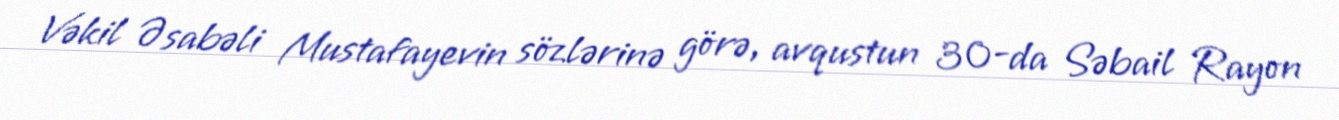
Vəkil Əsabəli Mustafayevin sözlərinə görə, avqustun 30-da Səbail Rayon